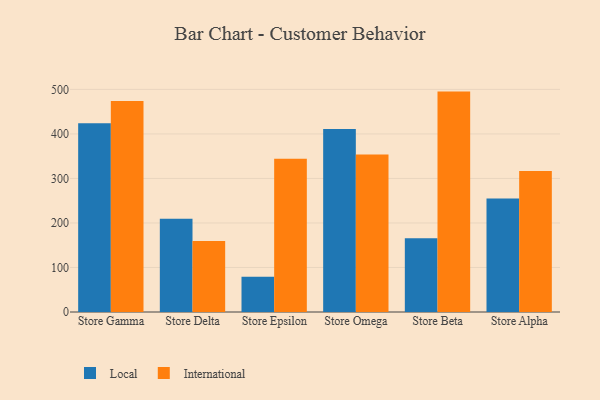
{"axis": {"x": "Store", "y": "Tickets Resolved"}, "legend": ["International", "Local"], "data": [{"x": "Store Gamma", "y": 424.1, "type": "Local"}, {"x": "Store Gamma", "y": 474.0, "type": "International"}, {"x": "Store Delta", "y": 209.3, "type": "Local"}, {"x": "Store Delta", "y": 159.4, "type": "International"}, {"x": "Store Epsilon", "y": 79.2, "type": "Local"}, {"x": "Store Epsilon", "y": 344.0, "type": "International"}, {"x": "Store Omega", "y": 410.9, "type": "Local"}, {"x": "Store Omega", "y": 353.8, "type": "International"}, {"x": "Store Beta", "y": 165.5, "type": "Local"}, {"x": "Store Beta", "y": 495.1, "type": "International"}, {"x": "Store Alpha", "y": 254.8, "type": "Local"}, {"x": "Store Alpha", "y": 316.9, "type": "International"}]}